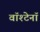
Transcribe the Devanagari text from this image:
वॉश्टेनॉ